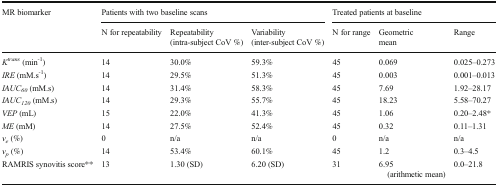
| <ROWSPAN=2> MR biomarker | <COLSPAN=3> Patients with two baseline scans | <COLSPAN=3> Treated patients at baseline |
 | N for repeatability | Repeatability (intra-subject CoV %) | Variability (inter-subject CoV %) | N for range | Geometric mean | Range |
 | --- | --- | --- | --- | --- | --- | --- |
 | Ktrans (min-1) | 14 | 30.0% | 59.3% | 45 | 0.069 | 0.025–0.273 |
 | IRE (mM.s-1) | 14 | 29.5% | 51.3% | 45 | 0.003 | 0.001–0.013 |
 | IAUC60 (mM.s) | 14 | 31.4% | 58.3% | 45 | 7.69 | 1.92–28.17 |
 | IAUC120 (mM.s) | 14 | 29.3% | 55.7% | 45 | 18.23 | 5.58–70.27 |
 | VEP (mL) | 15 | 22.0% | 41.3% | 45 | 1.06 | 0.20–2.48* |
 | ME (mM) | 14 | 27.5% | 52.4% | 45 | 0.32 | 0.11–1.31 |
 | ve (%) | 0 | n/a | n/a | 0 | n/a | n/a |
 | vp (%) | 14 | 53.4% | 60.1% | 45 | 1.2 | 0.3–4.5 |
 | RAMRIS synovitis score** | 13 | 1.30 (SD) | 6.20 (SD) | 31 | 6.95 (arithmetic mean) | 0.0–21.8 |